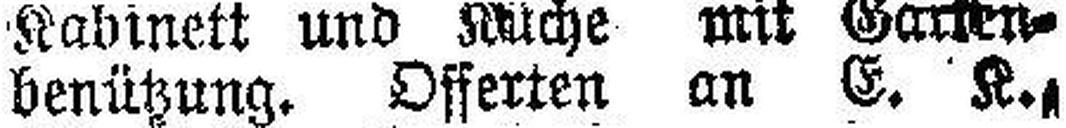
benützung. Offerten an E. K.